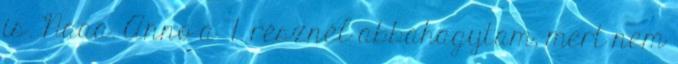
is. Naaa. Anno a 7. résznél abbahagytam, mert nem